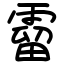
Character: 霤